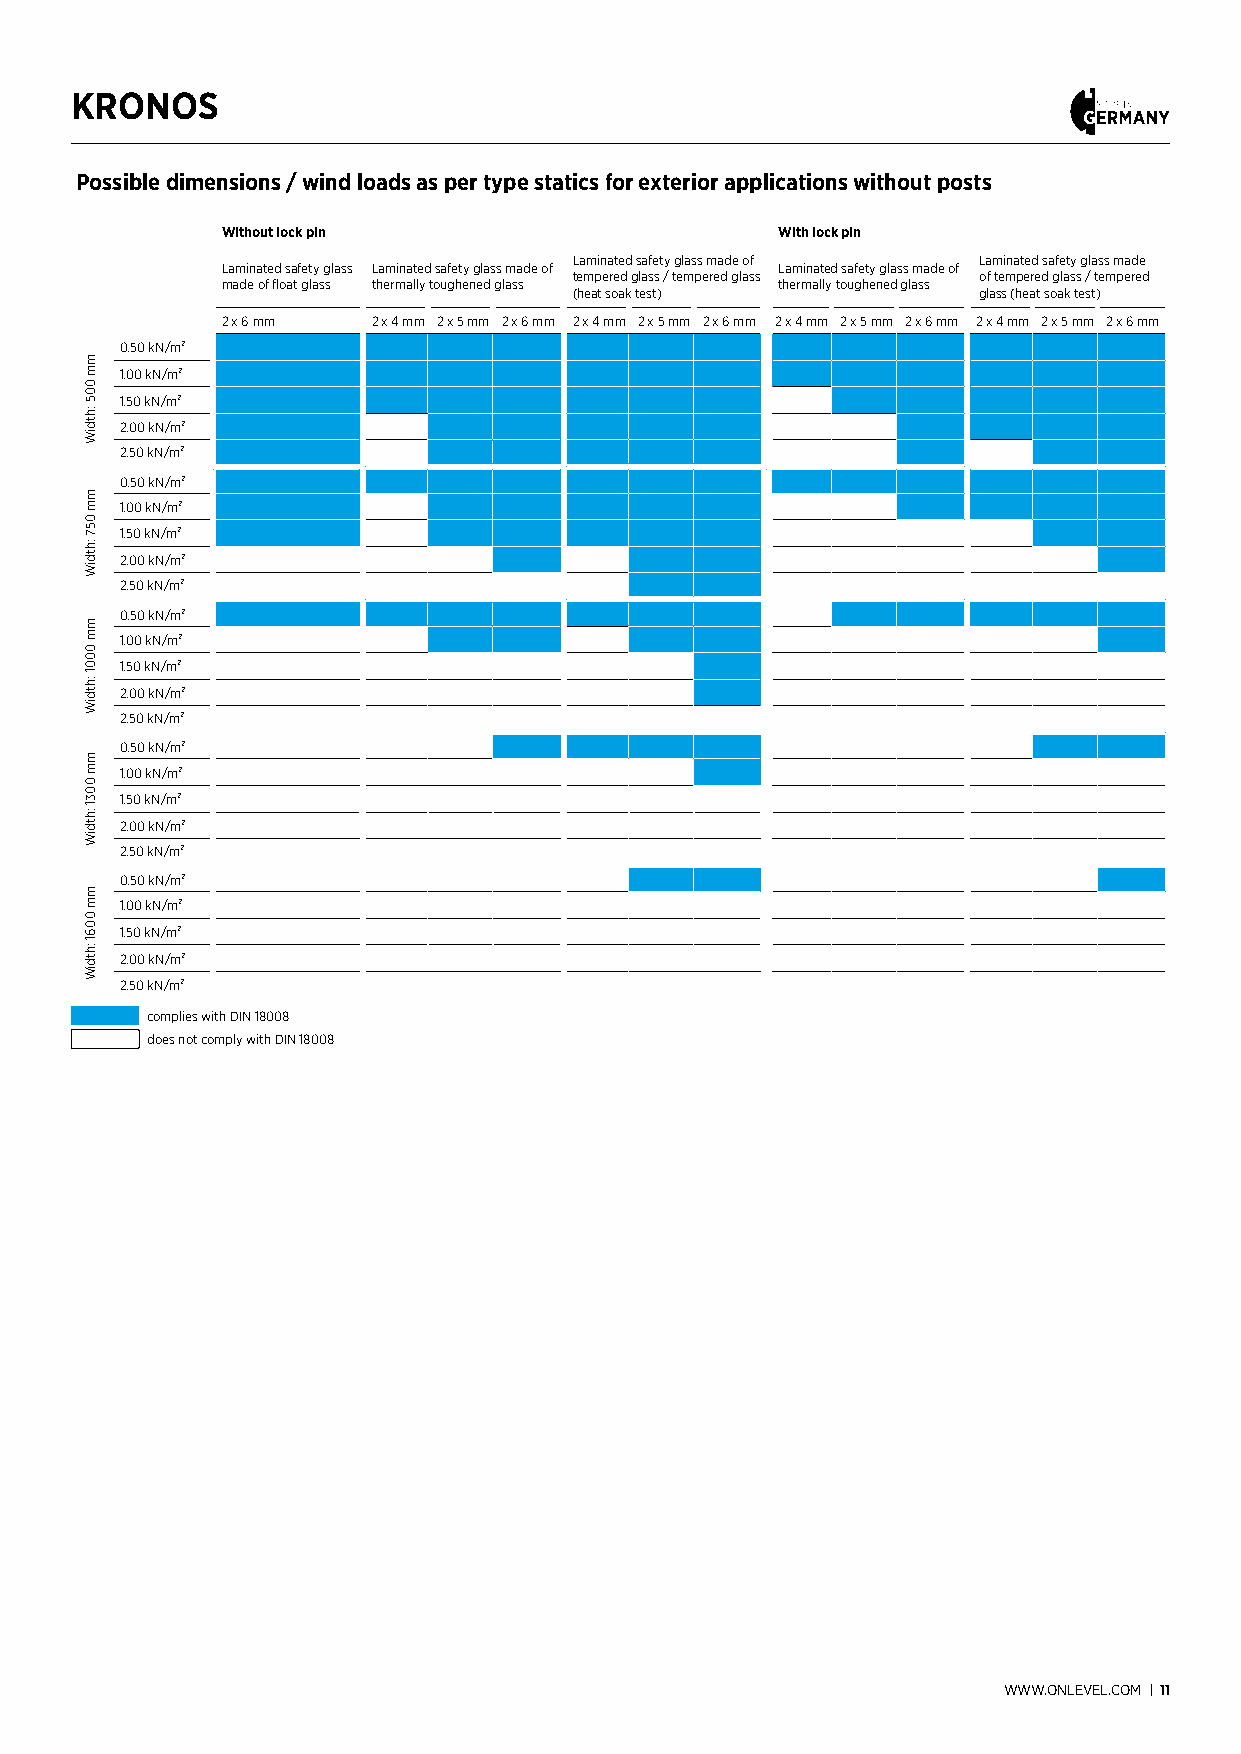
KRONOS
 Possible dimensions / wind loads as per type statics for exterior applications without posts
 Without lock pin                    With lock pin
 Laminated safety glass made of Laminated safety glass made
 Laminated safety glass Laminated safety glass made of Laminated safety glass made of
 tempered glass / tempered glass of tempered glass / tempered
 made of float glass thermally toughened glass thermally toughened glass
 (heat soak test)           glass (heat soak test)
 2 x 6 mm  2 x 4 mm 2 x 5 mm 2 x 6 mm 2 x 4 mm 2 x 5 mm 2 x 6 mm 2 x 4 mm 2 x 5 mm 2 x 6 mm 2 x 4 mm 2 x 5 mm 2 x 6 mm
 0.50 kN/m²
 1.00 kN/m²
 1.50 kN/m²
 2.00 kN/m²
 2.50 kN/m²
 0.50 kN/m²
 1.00 kN/m²
 1.50 kN/m²
 2.00 kN/m²
 2.50 kN/m²
 0.50 kN/m²
 1.00 kN/m²
 1.50 kN/m²
 2.00 kN/m²
 2.50 kN/m²
 0.50 kN/m²
 1.00 kN/m²
 1.50 kN/m²
 2.00 kN/m²
 2.50 kN/m²
 0.50 kN/m²
 1.00 kN/m²
 1.50 kN/m²
 2.00 kN/m²
 2.50 kN/m²
 complies with DIN 18008
 does not comply with DIN 18008
 WWW.ONLEVEL.COM | 11
 mm
 005
 :htdiW
 mm
 057
 :htdiW
 mm
 0001
 :htdiW
 mm
 0031
 :htdiW
 mm
 0061
 :htdiW